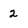
Character: 2